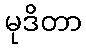
မုဒိတာ